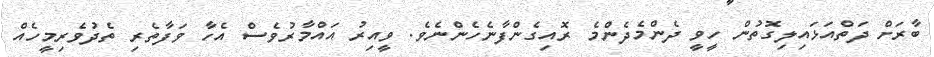
ބާރަށް ދަތްއަޅައިލިގޮތުން ހީވީ ދެންމެދެންމެ ރޮއިގެންފާނެހެންނެވެ. ވީއިރު އައްމާރުވެސް އެހާ ވަފާތެރި ތެދުވެރިމީހެއް